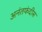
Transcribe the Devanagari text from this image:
अनंतफंदीस